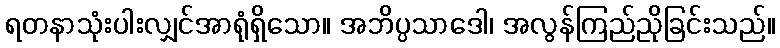
ရတနာသုံးပါးလျှင်အာရုံရှိသော။ အဘိပ္ပသာဒေါ၊ အလွန်ကြည်ညိုခြင်းသည်။